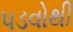
પડવોથી